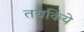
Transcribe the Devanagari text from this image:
तयकिये